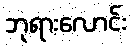
ဘုရားလောင်း